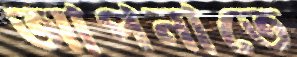
আপনাতে